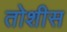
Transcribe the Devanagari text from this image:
तोशीस